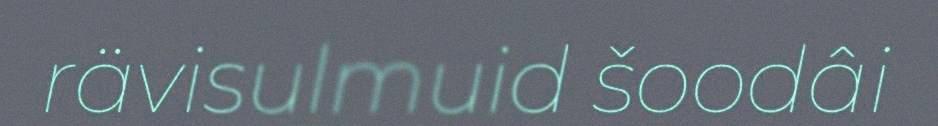
rävisulmuid šoodâi